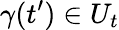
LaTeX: \gamma(t^{\prime})\in U_{t}